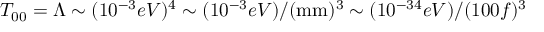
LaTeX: T _ { 0 0 } = \Lambda \sim ( 1 0 ^ { - 3 } e V ) ^ { 4 } \sim ( 1 0 ^ { - 3 } e V ) / ( \mathrm { m m } ) ^ { 3 } \sim ( 1 0 ^ { - 3 4 } e V ) / ( 1 0 0 f ) ^ { 3 }